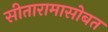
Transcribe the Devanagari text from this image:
सीतारामासोबत